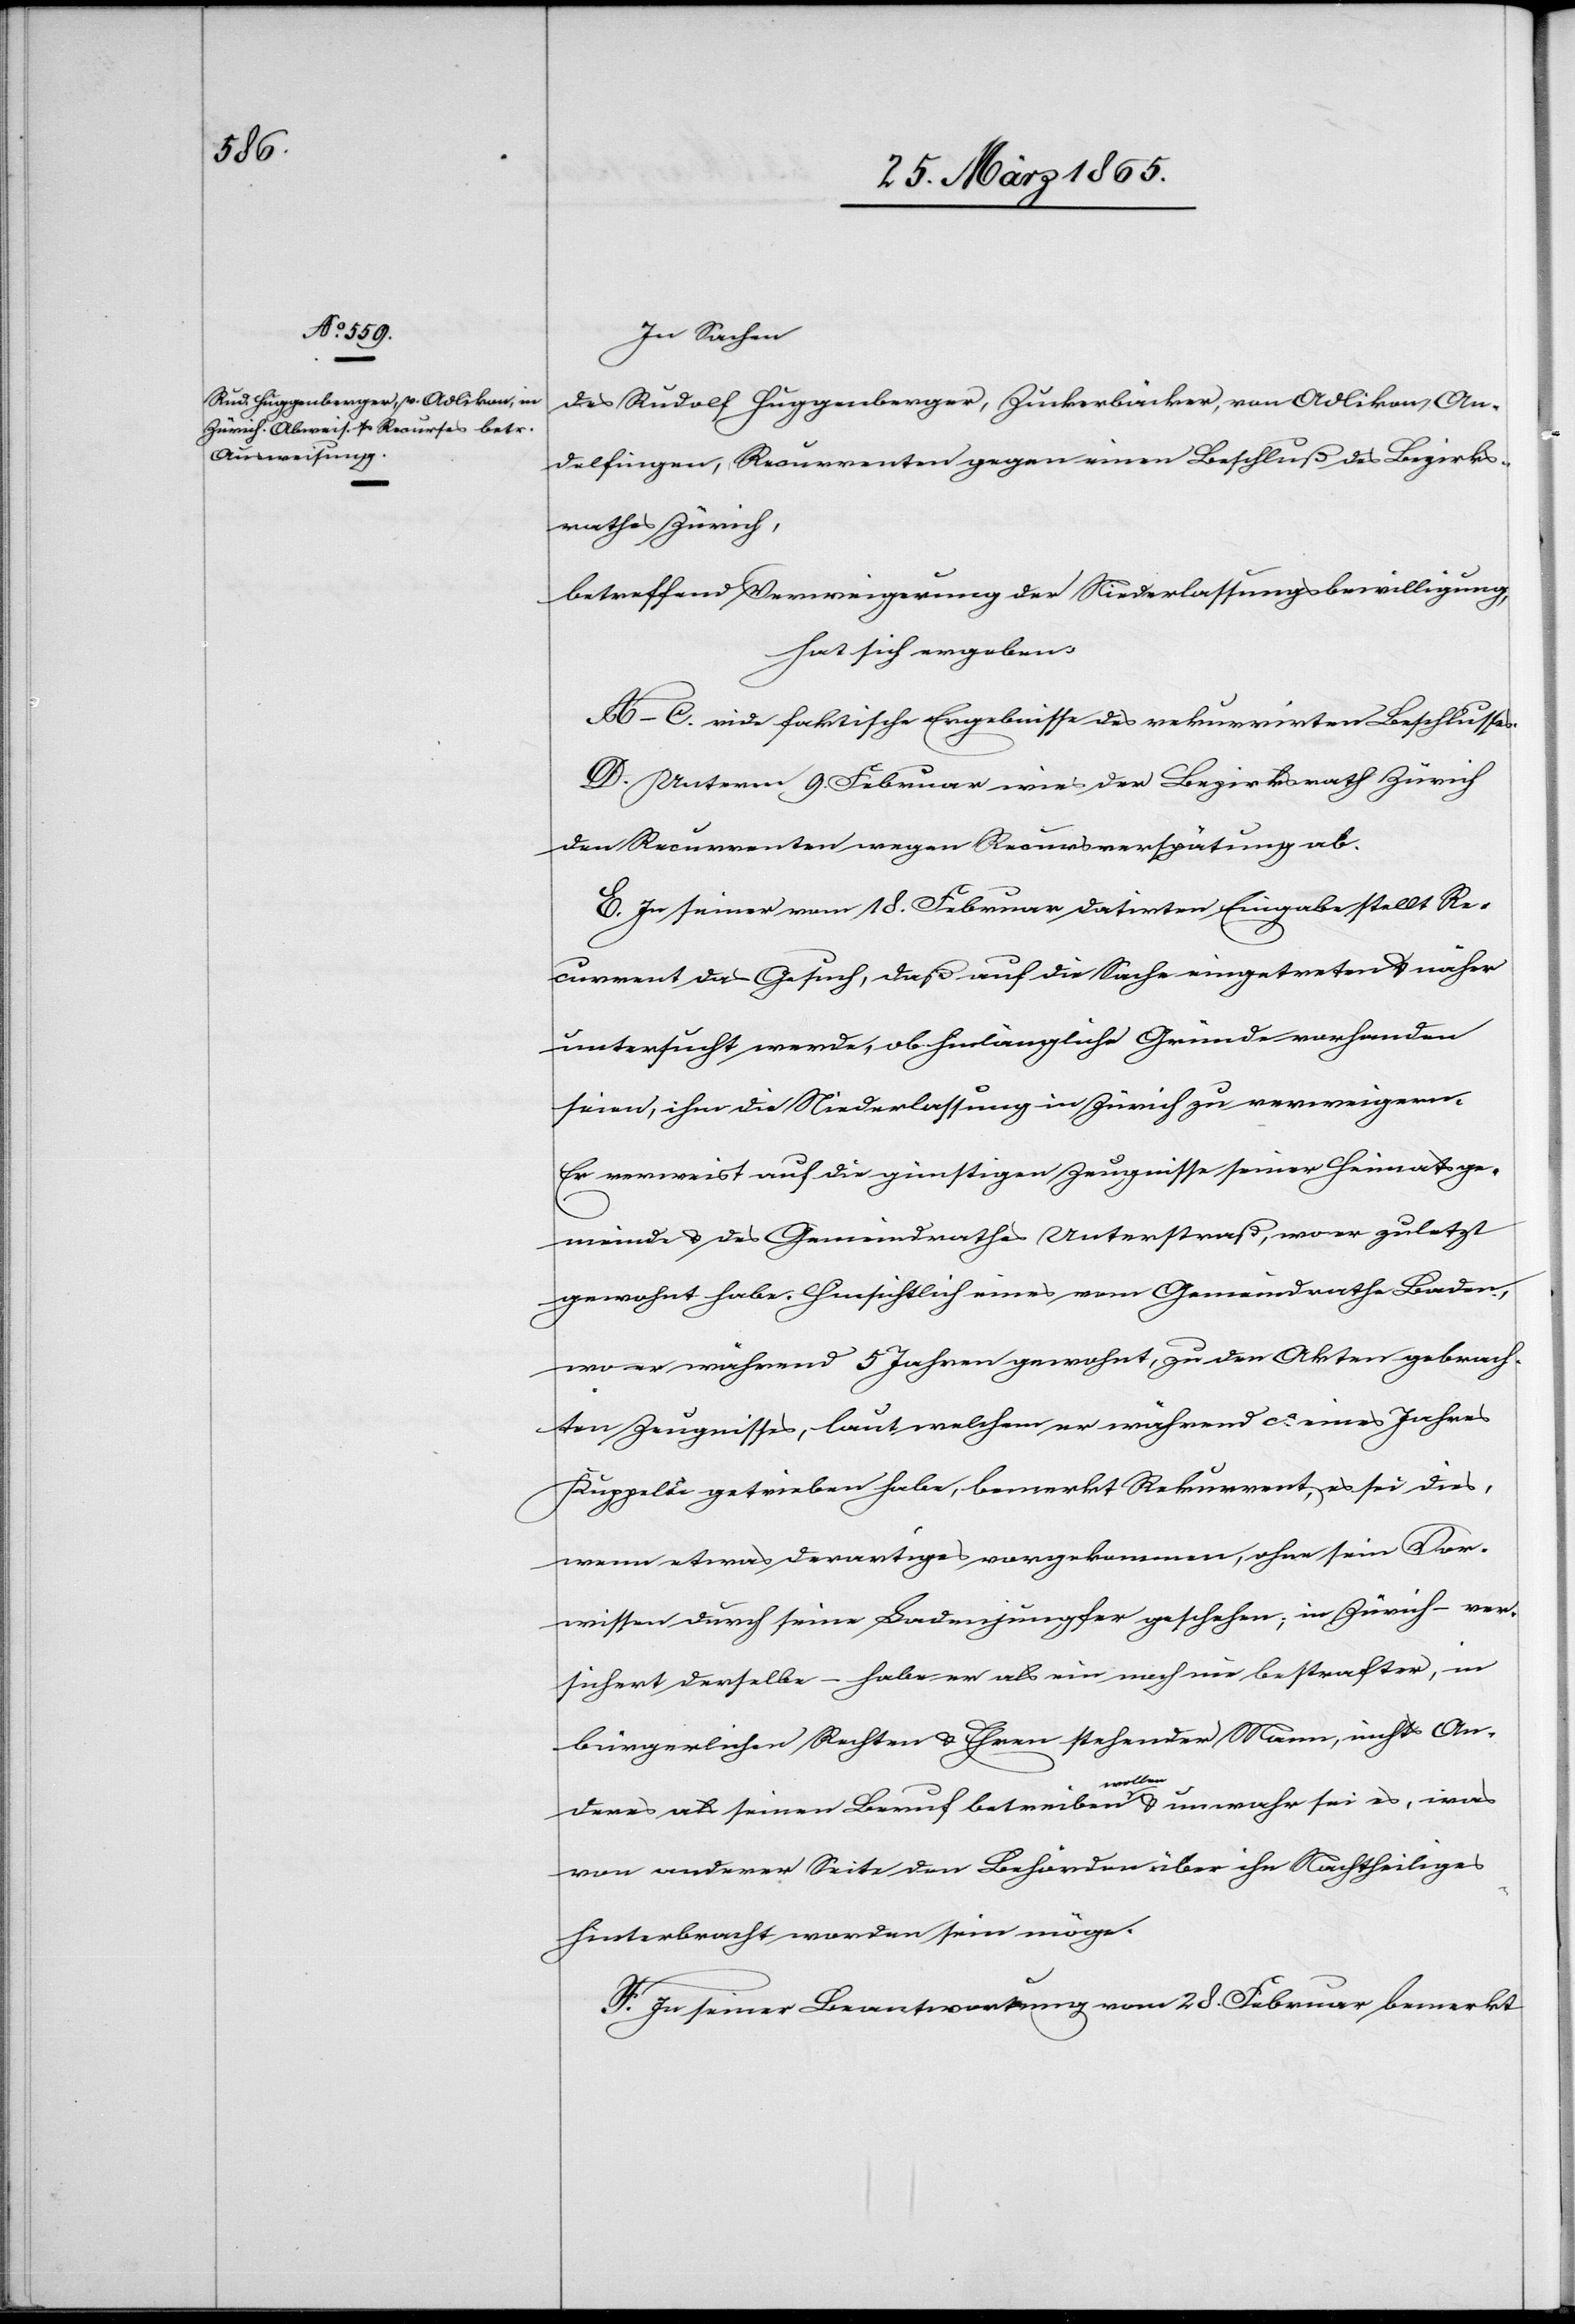
In Sachen
des Rudolf Huggenberger, Zuckerbäcker, von Adlikon, An¬
delfingen, Recurrenten gegen einen Beschluß des Bezirks¬
rathes Zürich,
betreffend Verweigerung der Niederlassungsbewilligung
hat sich ergeben:
A–C. vide faktische Ergebnisse des rekurrirten Beschlusses.
D. Unterm 9. Februar wies der Bezirksrath Zürich
den Recurrenten wegen Recursverspätung ab.
E. In seiner vom 18. Februar datirten Eingabe stellt Re¬
current das Gesuch, daß auf die Sache eingetreten & näher
untersucht werde, ob hinlängliche Gründe vorhanden
seien, ihm die Niederlassung in Zürich zu verweigern.
Er verweist auf die günstigen Zeugnisse seiner Heimatsge¬
meinde & des Gemeindrathes Unterstraß, wo er zuletzt
gewohnt habe. Hinsichtlich eines vom Gemeindrathe Baden,
wo er während 5 Jahren gewohnt, zu den Akten gebrach¬
ten Zeugnisses, laut welchem er während ca eines Jahres
Kuppelei getrieben habe, bemerkt Rekurrent, es sei dies,
wenn etwas derartiges vorgekommen, ohne sein Vor¬
wissen durch seine Ladenjungfer geschehen; in Zürich – ver¬
sichert derselbe – habe er als ein noch nie bestrafter, in
bürgerlichen Rechten & Ehren stehender Mann, nichts An¬
deres als seinen Beruf betreiben wollen & unwahr sei es, was
von anderer Seite den Behörden über ihn Nachtheiliges
hinterbracht worden sein möge.
F. In seiner Beantwortung vom 28. Februar bemerkt